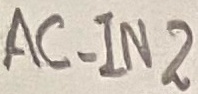
Text: AC_IN2